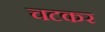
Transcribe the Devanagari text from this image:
चटकर